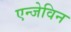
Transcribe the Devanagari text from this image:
एन्जेविन